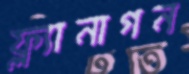
ফ্ল্যানাগন